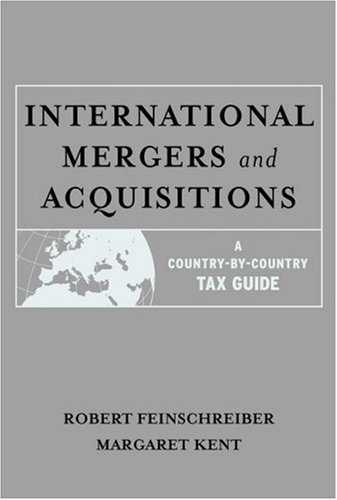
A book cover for International Mergers and Acquisitions: A Country-by-Country Tax Guide; Law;